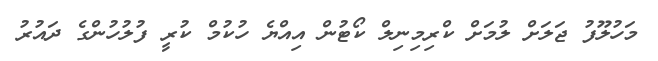
މަހުލޫފު ޖަލަށް ލުމަށް ކްރިމިނިލް ކޯޓުން އިއްޔެ ހުކުމް ކުރީ ފުލުހުންގެ ދައުރު